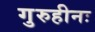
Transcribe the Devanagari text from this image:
गुरुहीनः